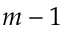
m - 1